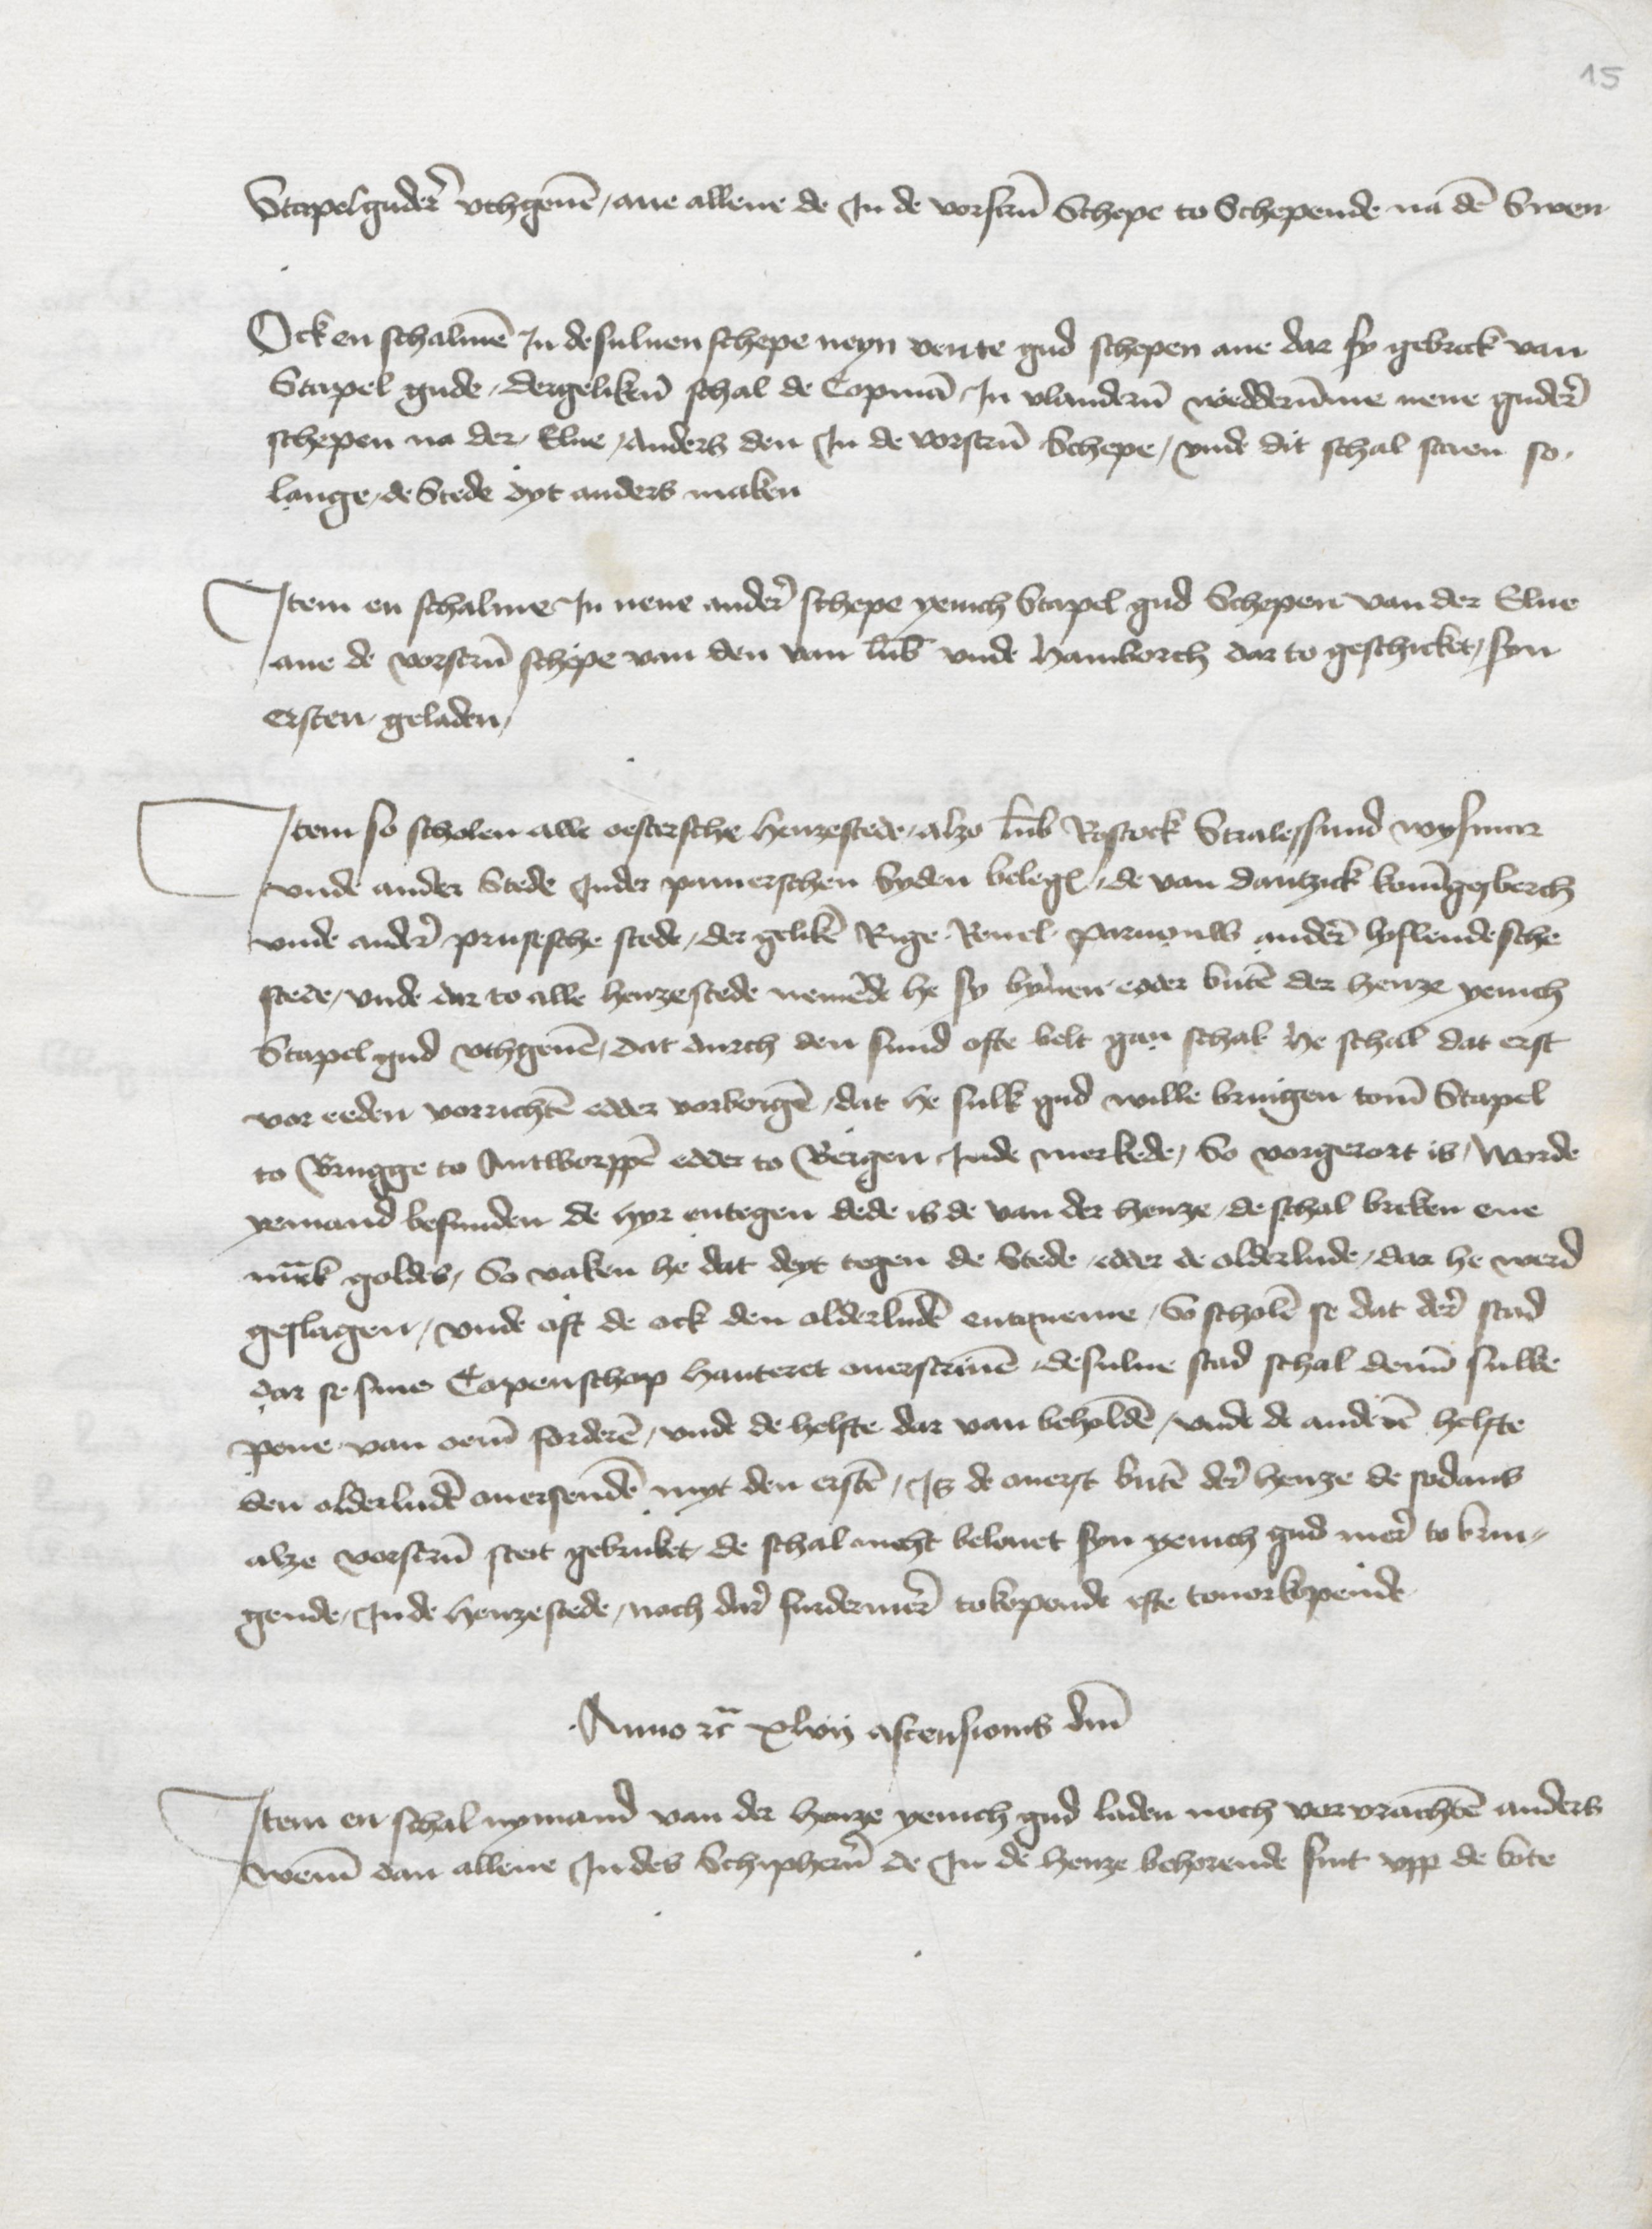
Stapelgudere vthgeuen, ane allene de Jn vorscreuen Schepe to Schepende na den Swen

Ock en schalmen Jn desuluen schepe neyn vente gud schepen ane dar sy gebreck van
Stapel gude, dergelikene schal de Copman Jn Vlanderen wedderumme nene gudere
schepen na der, Elue, anders den Jn de vorscreuen Schepe, vnde dit schal staen so
lange de Stede dyt anders maken

Jtem en schalmen Jn nene andere schepe yenich Stapel gud Schepen van der Elue
ane de vorscreuen schepe van den van Lubeke vnde Hamborch dar to geschicket, syn
ersten geladen,

Jtem so scholen alle oestersche henzestede, alzo Lubeke Rostock Stralessund Wysmer
vnde ander Stede Jnder pamerschen Syden belegen, de van Dantzick Koningesberch
vnde andere prusesche stede, der geliken Rige Reuel Parnouw andere lyflendesche
stede, vnde dar to alle henzestede nemende he sy bynnen eyder buten der henze yenich
Stapelgud vthgeuen, dat durch den sund ofte belt gan schal he schall dat erst
vor eeden vorrichten edder vorborgen, dat he sulk gud wille bringen tome Stapel
to Brugge to Antworppen edder to Bergen jnde merkede, so vorgerort is, worde
yemand befunden de hyr entiegen dede is de van der henze, de schal bruken ene
mark goldes, So vaken he dat deyt tegen de Stede edder de olderlude dar he werd
geslagen, vnde oft de ock den olderluden entqueme, So schol1 se dat derer stad
dar se sine Copenschop hanteret ouersciuen desulue stad schal denne sulke
pene van eeme forderen, vnde de helfte dar van beholden, vnde de anderen helfte
den olderluden auersenden myt den ersten, Js de auerst buten der henze de sodans
alze vorscreuen steit gebruket, de schal nicht belouet syn yenich gud mere to brin¬
gende, Jnde henze stede, noch dare furdermere tokopende efte touorkopende

Anno etcetera xlvij ascensionis domini
Jtem en schal nymand van der henze yenich gud laden noch vorvrachten anders
weme dan allene Jn des Schipheren de Jn de henze behorende sint vpp de bote